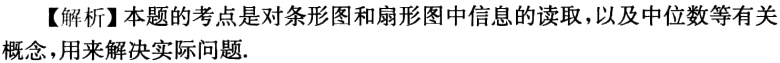
【解析】本题的考点是对条形图和扇形图中信息的读取，以及中位数等有关概念，用来解决实际问题.